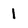
Character: 1